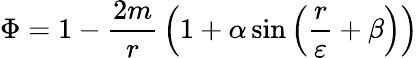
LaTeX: \Phi=1-{\frac{2m}{r}}\left(1+\alpha\sin\left({\frac{r}{\varepsilon}}+\beta\right)\right)